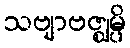
သဗျာဗဇ္ဈမ္ပိ